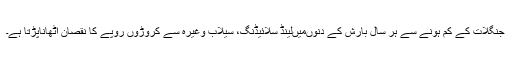
جنگلات کے کم ہونے سے ہر سال بارش کے دنوںمیںلینڈ سلائیڈنگ، سیلاب وغیرہ سے کروڑوں روپے کا نقصان اٹھاناپڑتا ہے۔